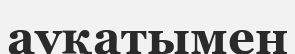
ауқатымен